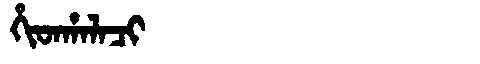
Manchu: ᡥᡳᡨᡥᠠᠯᠠᠴᡳ
Romanization: HITHALACI